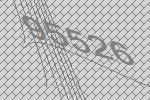
95526